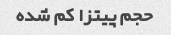
حجم پیتزا کم شده